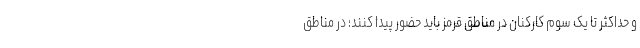
و حداکثر تا یک سوم کارکنان در مناطق قرمز باید حضور پیدا کنند؛ در مناطق